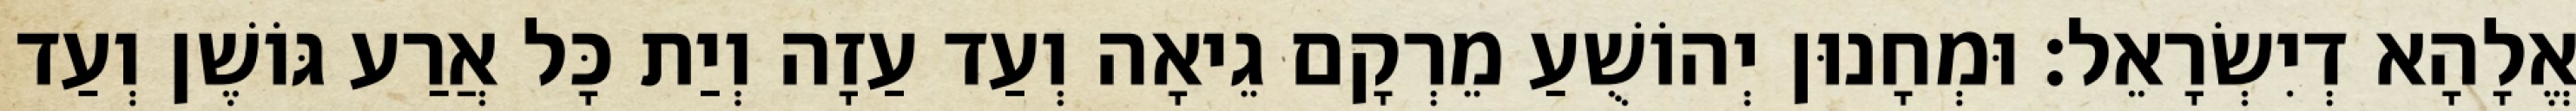
אֱלָהָא דְיִשְׂרָאֵל׃ וּמְחָנוּן יְהוֹשֻׁעַ מֵרְקָם גֵיאָה וְעַד עַזָה וְיַת כָּל אֲרַע גּוֹשֶׁן וְעַד